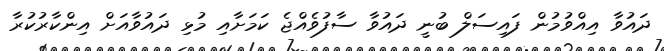
ދައުވާ އިއްވުމުން ފައިސަލް ބުނީ ދައުވާ ސާފުވެއްޖެ ކަމަށާއި މުޅި ދައުވާއަށް އިންކާރުކުރާ